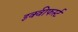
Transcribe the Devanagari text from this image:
इक्वीफर्स्ट